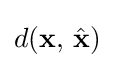
d(\mathbf {x} ,\,{\hat {\mathbf {x} }})